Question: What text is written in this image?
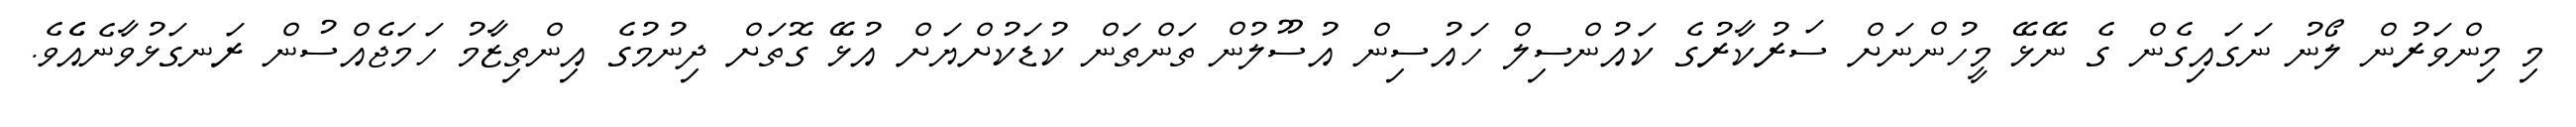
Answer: މި މިންވަރުން ލޯނު ނަގައިގެން ގެ ނޭޅޭ މީހުންނަށް ސަރުކާރުގެ ކައުންސިލް ހައުސިން އުސޫލުން ތަންތަން ކުޑަކުށްޔަށް އުޅޭ ގޮތަށް ދިނުމުގެ އިންތިޒާމު ހަމަޖެއްސުން ރަނގަޅުވާނެއެެވެ.